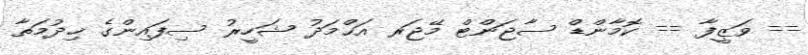
== ވަޒީފާ == ކޮމާންޑް ސާޖަންޓް މޭޖަރ އަޙްމަދު ޝަހީރު ސިފައިންގެ ޚިދުމަތާ